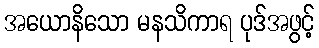
အယောနိသော မနသိကာရ ပုဒ်အဖွင့်